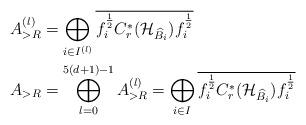
LaTeX: \begin{align*}A_{> R}^{(l)} &= \bigoplus_{i\in I^{(l)}} \overline{ f_i^{\frac{1}{2}} C^*_r(\mathcal{H}_{\widehat{B}_i}) f_i^{\frac{1}{2}} } \\A_{> R} &= \bigoplus_{l = 0} ^{5(d+1)-1} A_{> R}^{(l)} = \bigoplus_{i\in I} \overline{ f_i^{\frac{1}{2}} C^*_r(\mathcal{H}_{\widehat{B}_i}) f_i^{\frac{1}{2}}}\end{align*}